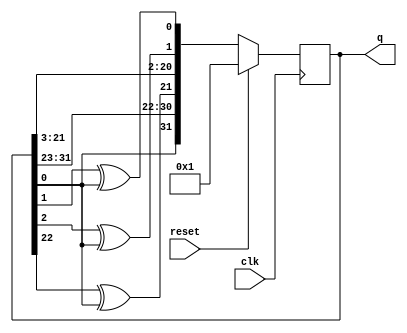
module top_module(
    input clk,
    input reset,    // Active-high synchronous reset to 32'h1
    output [31:0] q
); 
    wire q31;
    reg [31:0] qr;
    assign q = qr;
    assign q31 = qr[31]^qr[21]^qr[1]^qr[0];
    always @ (posedge clk) begin
        if (reset) qr<=32'h1;
        else qr<={q[0], q[31:23], q[22]^q[0], q[21:3], q[2]^q[0], q[1]^q[0]};
    end
    

endmodule